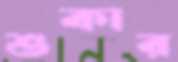
শুকার